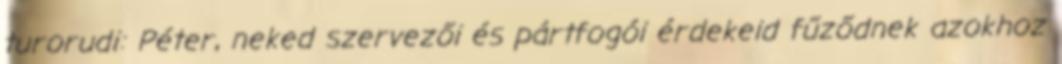
turorudi: Péter, neked szervezői és pártfogói érdekeid fűződnek azokhoz